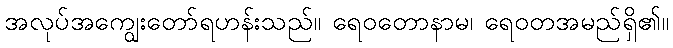
အလုပ်အကျွေးတော်ရဟန်းသည်။ ရေဝတောနာမ၊ ရေဝတအမည်ရှိ၏။